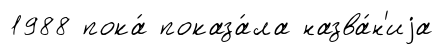
1988 пока́ показа́ла назва́н'иjа